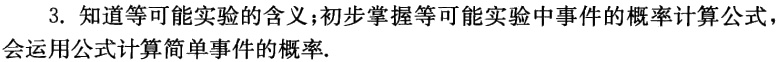
3. 知道等可能实验的含义;初步掌握等可能实验中事件的概率计算公式，会运用公式计算简单事件的概率.